Source: Handwritten
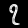
Digit: ၇ (7)